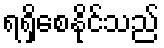
ရရှိစေနိုင်သည်